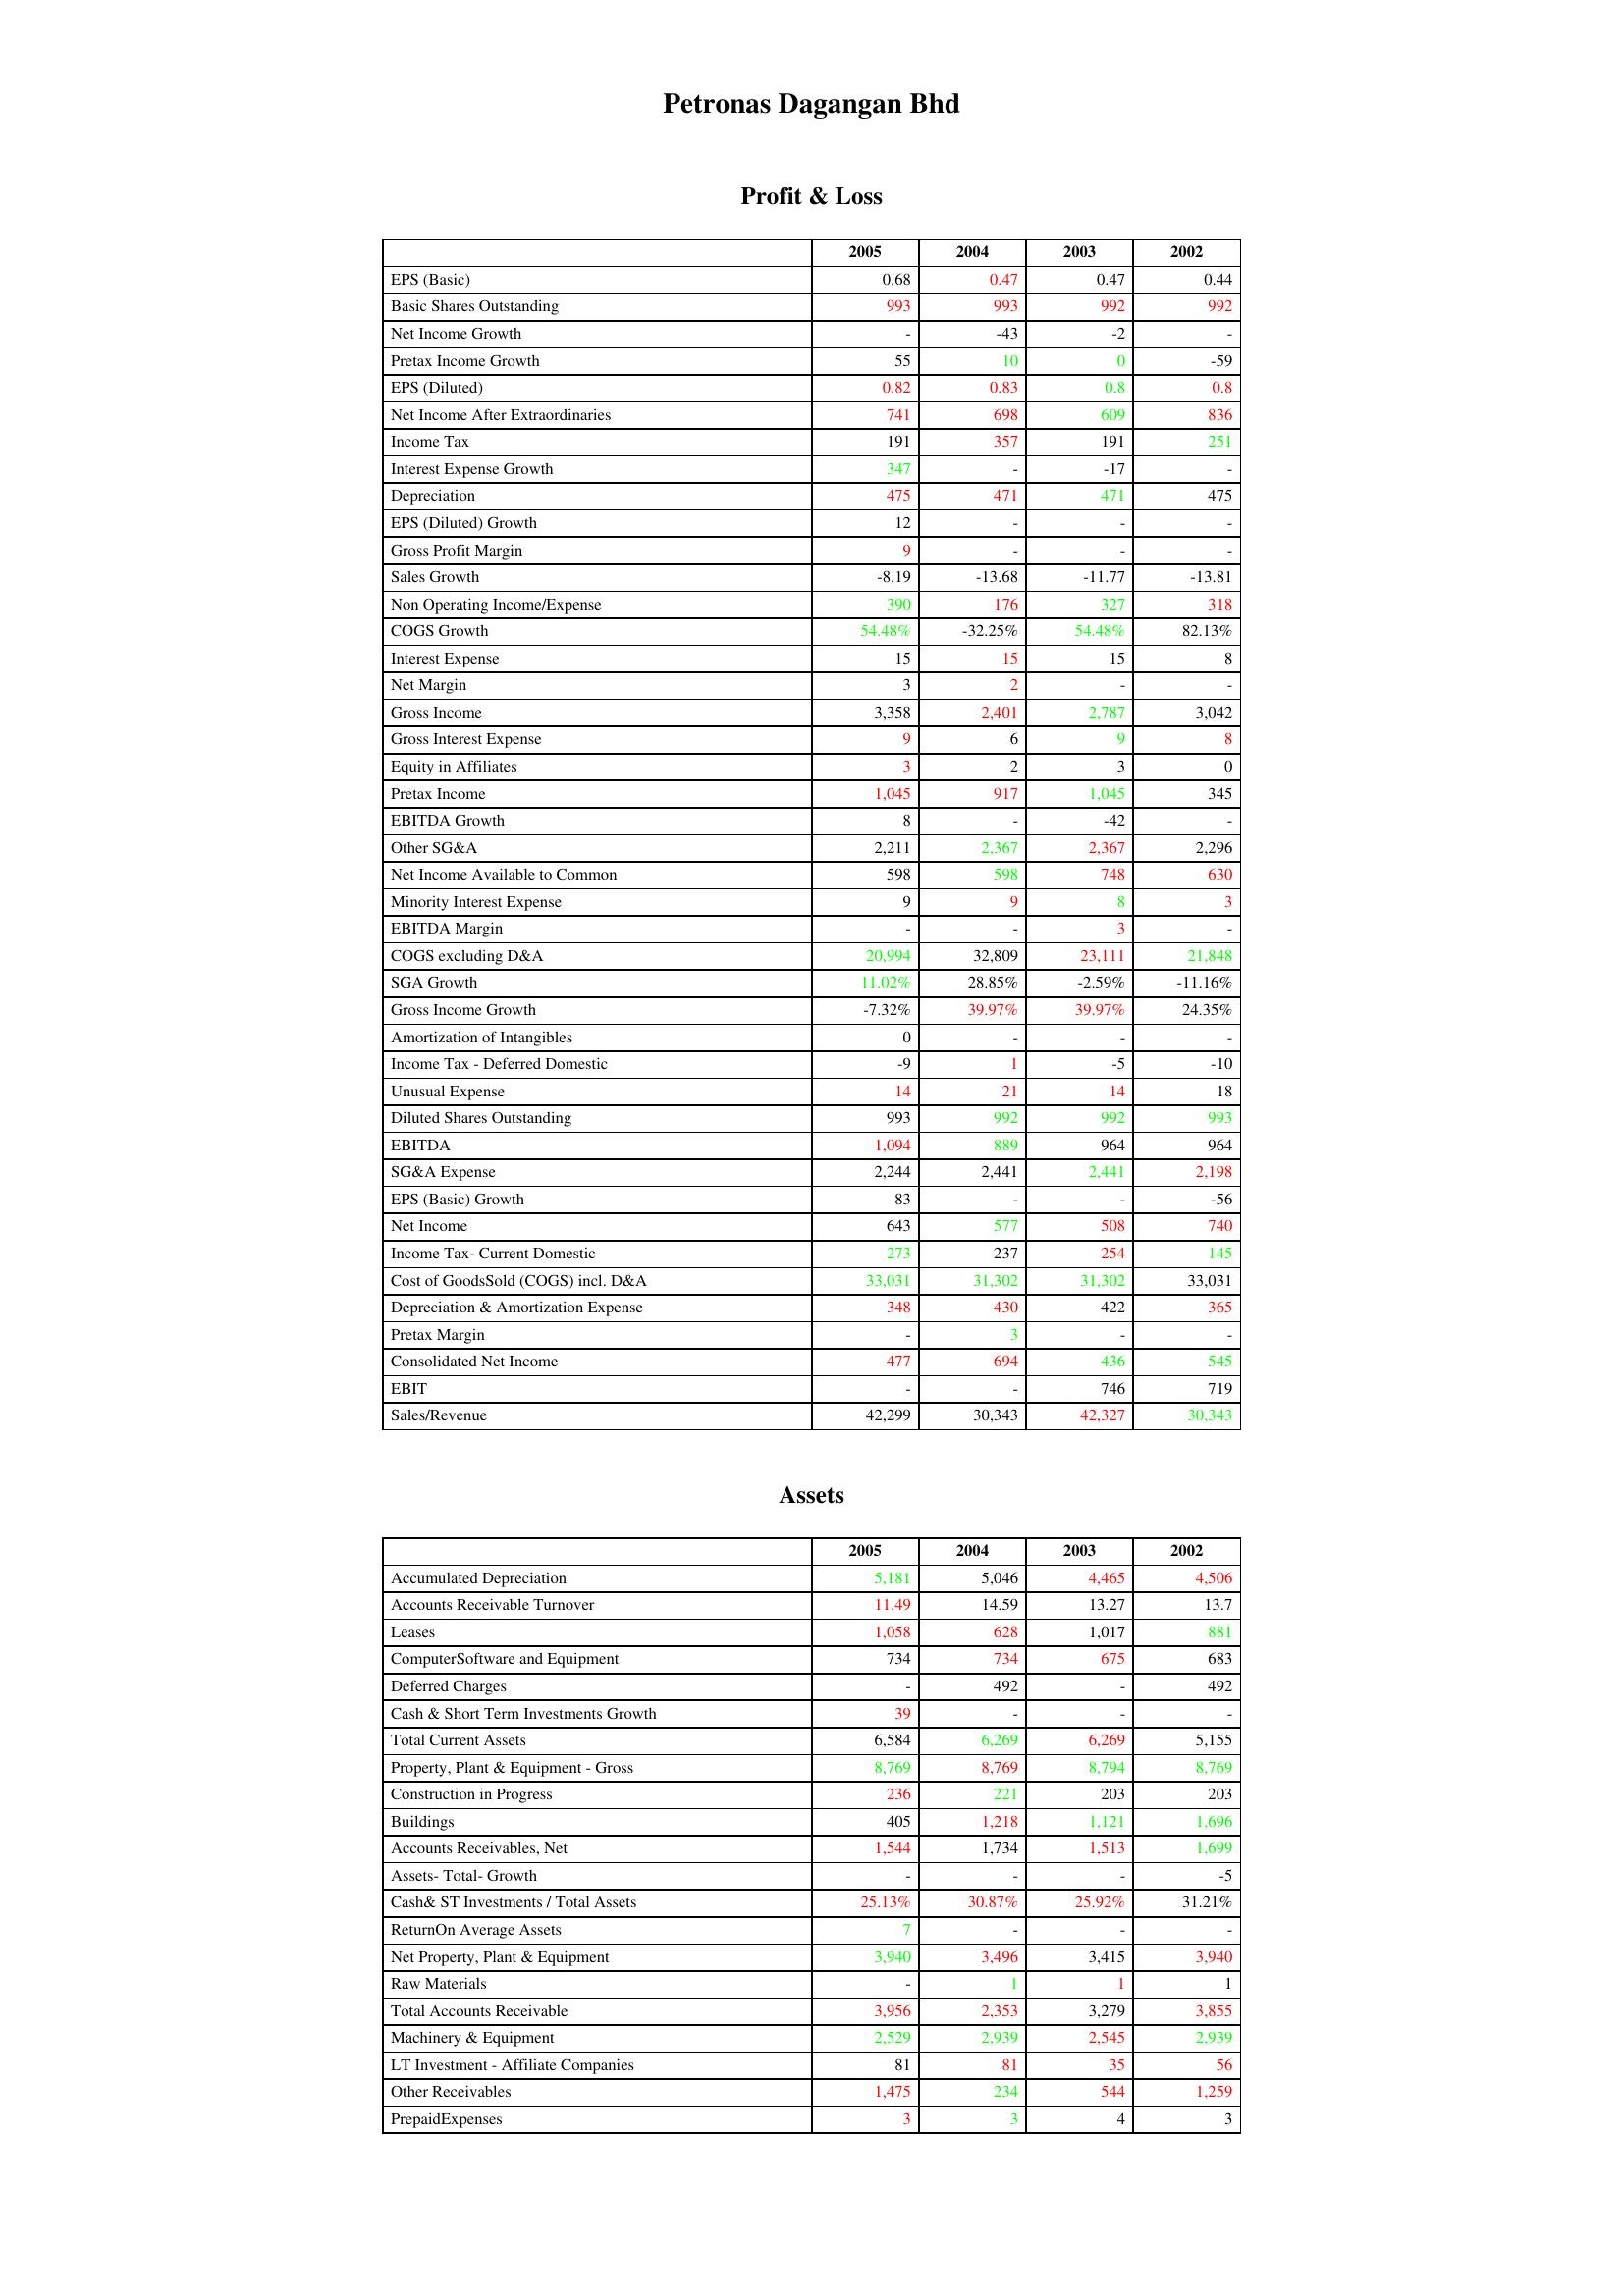
gt_parse: 2005: Profit & Loss: EPS (Basic): 0.68
Basic Shares Outstanding: 993
Net Income Growth: -
Pretax Income Growth: 55
EPS (Diluted): 0.82
Net Income After Extraordinaries: 741
Income Tax: 191
Interest Expense Growth: 347
Depreciation: 475
EPS (Diluted) Growth: 12
Gross Profit Margin: 9
Sales Growth: -8.19
Non Operating Income/Expense: 390
COGS Growth: 54.48%
Interest Expense: 15
Net Margin: 3
Gross Income: 3,358
Gross Interest Expense: 9
Equity in Affiliates: 3
Pretax Income: 1,045
EBITDA Growth: 8
Other SG&A: 2,211
Net Income Available to Common: 598
Minority Interest Expense: 9
EBITDA Margin: -
COGS excluding D&A: 20,994
SGA Growth: 11.02%
Gross Income Growth: -7.32%
Amortization of Intangibles: 0
Income Tax - Deferred Domestic: -9
Unusual Expense: 14
Diluted Shares Outstanding: 993
EBITDA: 1,094
SG&A Expense: 2,244
EPS (Basic) Growth: 83
Net Income: 643
Income Tax- Current Domestic: 273
Cost of GoodsSold (COGS) incl. D&A: 33,031
Depreciation & Amortization Expense: 348
Pretax Margin: -
Consolidated Net Income: 477
EBIT: -
Sales/Revenue: 42,299
Assets: Accumulated Depreciation: 5,181
Accounts Receivable Turnover: 11.49
Leases: 1,058
ComputerSoftware and Equipment: 734
Deferred Charges: -
Cash & Short Term Investments Growth: 39
Total Current Assets: 6,584
Property, Plant & Equipment - Gross : 8,769
Construction in Progress: 236
Buildings: 405
Accounts Receivables, Net: 1,544
Assets- Total- Growth: -
Cash& ST Investments / Total Assets: 25.13%
ReturnOn Average Assets: 7
Net Property, Plant & Equipment: 3,940
Raw Materials: -
Total Accounts Receivable: 3,956
Machinery & Equipment: 2,529
LT Investment - Affiliate Companies: 81
Other Receivables: 1,475
PrepaidExpenses: 3
2004: Profit & Loss: EPS (Basic): 0.47
Basic Shares Outstanding: 993
Net Income Growth: -43
Pretax Income Growth: 10
EPS (Diluted): 0.83
Net Income After Extraordinaries: 698
Income Tax: 357
Interest Expense Growth: -
Depreciation: 471
EPS (Diluted) Growth: -
Gross Profit Margin: -
Sales Growth: -13.68
Non Operating Income/Expense: 176
COGS Growth: -32.25%
Interest Expense: 15
Net Margin: 2
Gross Income: 2,401
Gross Interest Expense: 6
Equity in Affiliates: 2
Pretax Income: 917
EBITDA Growth: -
Other SG&A: 2,367
Net Income Available to Common: 598
Minority Interest Expense: 9
EBITDA Margin: -
COGS excluding D&A: 32,809
SGA Growth: 28.85%
Gross Income Growth: 39.97%
Amortization of Intangibles: -
Income Tax - Deferred Domestic: 1
Unusual Expense: 21
Diluted Shares Outstanding: 992
EBITDA: 889
SG&A Expense: 2,441
EPS (Basic) Growth: -
Net Income: 577
Income Tax- Current Domestic: 237
Cost of GoodsSold (COGS) incl. D&A: 31,302
Depreciation & Amortization Expense: 430
Pretax Margin: 3
Consolidated Net Income: 694
EBIT: -
Sales/Revenue: 30,343
Assets: Accumulated Depreciation: 5,046
Accounts Receivable Turnover: 14.59
Leases: 628
ComputerSoftware and Equipment: 734
Deferred Charges: 492
Cash & Short Term Investments Growth: -
Total Current Assets: 6,269
Property, Plant & Equipment - Gross : 8,769
Construction in Progress: 221
Buildings: 1,218
Accounts Receivables, Net: 1,734
Assets- Total- Growth: -
Cash& ST Investments / Total Assets: 30.87%
ReturnOn Average Assets: -
Net Property, Plant & Equipment: 3,496
Raw Materials: 1
Total Accounts Receivable: 2,353
Machinery & Equipment: 2,939
LT Investment - Affiliate Companies: 81
Other Receivables: 234
PrepaidExpenses: 3
2003: Profit & Loss: EPS (Basic): 0.47
Basic Shares Outstanding: 992
Net Income Growth: -2
Pretax Income Growth: 0
EPS (Diluted): 0.8
Net Income After Extraordinaries: 609
Income Tax: 191
Interest Expense Growth: -17
Depreciation: 471
EPS (Diluted) Growth: -
Gross Profit Margin: -
Sales Growth: -11.77
Non Operating Income/Expense: 327
COGS Growth: 54.48%
Interest Expense: 15
Net Margin: -
Gross Income: 2,787
Gross Interest Expense: 9
Equity in Affiliates: 3
Pretax Income: 1,045
EBITDA Growth: -42
Other SG&A: 2,367
Net Income Available to Common: 748
Minority Interest Expense: 8
EBITDA Margin: 3
COGS excluding D&A: 23,111
SGA Growth: -2.59%
Gross Income Growth: 39.97%
Amortization of Intangibles: -
Income Tax - Deferred Domestic: -5
Unusual Expense: 14
Diluted Shares Outstanding: 992
EBITDA: 964
SG&A Expense: 2,441
EPS (Basic) Growth: -
Net Income: 508
Income Tax- Current Domestic: 254
Cost of GoodsSold (COGS) incl. D&A: 31,302
Depreciation & Amortization Expense: 422
Pretax Margin: -
Consolidated Net Income: 436
EBIT: 746
Sales/Revenue: 42,327
Assets: Accumulated Depreciation: 4,465
Accounts Receivable Turnover: 13.27
Leases: 1,017
ComputerSoftware and Equipment: 675
Deferred Charges: -
Cash & Short Term Investments Growth: -
Total Current Assets: 6,269
Property, Plant & Equipment - Gross : 8,794
Construction in Progress: 203
Buildings: 1,121
Accounts Receivables, Net: 1,513
Assets- Total- Growth: -
Cash& ST Investments / Total Assets: 25.92%
ReturnOn Average Assets: -
Net Property, Plant & Equipment: 3,415
Raw Materials: 1
Total Accounts Receivable: 3,279
Machinery & Equipment: 2,545
LT Investment - Affiliate Companies: 35
Other Receivables: 544
PrepaidExpenses: 4
2002: Profit & Loss: EPS (Basic): 0.44
Basic Shares Outstanding: 992
Net Income Growth: -
Pretax Income Growth: -59
EPS (Diluted): 0.8
Net Income After Extraordinaries: 836
Income Tax: 251
Interest Expense Growth: -
Depreciation: 475
EPS (Diluted) Growth: -
Gross Profit Margin: -
Sales Growth: -13.81
Non Operating Income/Expense: 318
COGS Growth: 82.13%
Interest Expense: 8
Net Margin: -
Gross Income: 3,042
Gross Interest Expense: 8
Equity in Affiliates: 0
Pretax Income: 345
EBITDA Growth: -
Other SG&A: 2,296
Net Income Available to Common: 630
Minority Interest Expense: 3
EBITDA Margin: -
COGS excluding D&A: 21,848
SGA Growth: -11.16%
Gross Income Growth: 24.35%
Amortization of Intangibles: -
Income Tax - Deferred Domestic: -10
Unusual Expense: 18
Diluted Shares Outstanding: 993
EBITDA: 964
SG&A Expense: 2,198
EPS (Basic) Growth: -56
Net Income: 740
Income Tax- Current Domestic: 145
Cost of GoodsSold (COGS) incl. D&A: 33,031
Depreciation & Amortization Expense: 365
Pretax Margin: -
Consolidated Net Income: 545
EBIT: 719
Sales/Revenue: 30,343
Assets: Accumulated Depreciation: 4,506
Accounts Receivable Turnover: 13.7
Leases: 881
ComputerSoftware and Equipment: 683
Deferred Charges: 492
Cash & Short Term Investments Growth: -
Total Current Assets: 5,155
Property, Plant & Equipment - Gross : 8,769
Construction in Progress: 203
Buildings: 1,696
Accounts Receivables, Net: 1,699
Assets- Total- Growth: -5
Cash& ST Investments / Total Assets: 31.21%
ReturnOn Average Assets: -
Net Property, Plant & Equipment: 3,940
Raw Materials: 1
Total Accounts Receivable: 3,855
Machinery & Equipment: 2,939
LT Investment - Affiliate Companies: 56
Other Receivables: 1,259
PrepaidExpenses: 3